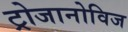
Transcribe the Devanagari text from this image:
ट्रोजानोविज